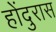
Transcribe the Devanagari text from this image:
होंदुरास